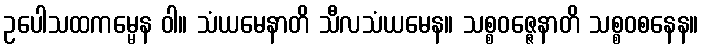
ဥပေါသထကမ္မေန ဝါ။ သံယမေနာတိ သီလသံယမေန။ သစ္စဝဇ္ဇေနာတိ သစ္စဝစနေန။